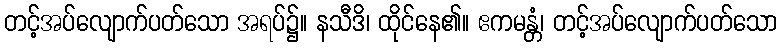
တင့်အပ်လျောက်ပတ်သော အရပ်၌။ နသီဒိ၊ ထိုင်နေ၏။ ဧကမန္တံ၊ တင့်အပ်လျောက်ပတ်သော